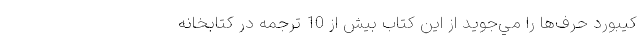
‌كيبورد حرف‌ها را مي‌جويد از اين كتاب بيش از 10 ترجمه در كتابخانه